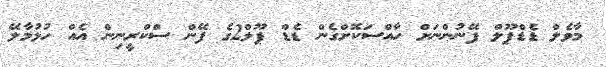
މާވެލް ޑެެޑްޕޫލް ފޭނުންނަށް ހާއްސަކޮށްގެން ޑެޑް ޕޫލް2ގެ ފޭން ސްކްރީނިން އެއް ހުޅުމާލޭ